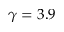
\gamma = 3 . 9